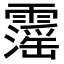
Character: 𩆍